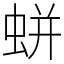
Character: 蛢